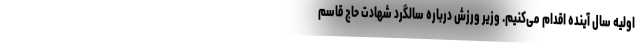
اولیه سال آینده اقدام می‌کنیم. وزیر ورزش درباره سالگرد شهادت حاج قاسم